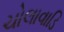
ચોલાવાડિ